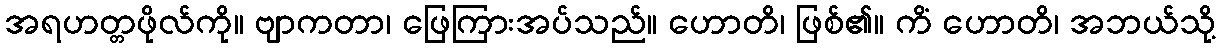
အရဟတ္တဖိုလ်ကို။ ဗျာကတာ၊ ဖြေကြားအပ်သည်။ ဟောတိ၊ ဖြစ်၏။ ကိံ ဟောတိ၊ အဘယ်သို့